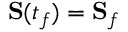
\mathbf { S } ( t _ { f } ) = \mathbf { S } _ { f }